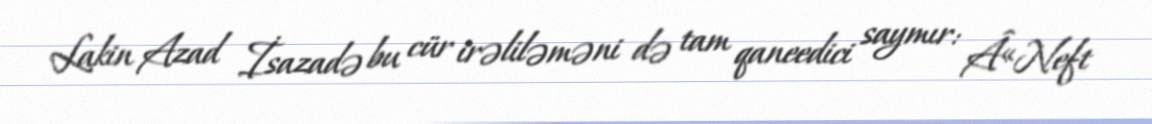
Lakin Azad İsazadə bu cür irəliləməni də tam qaneedici saymır: Â«Neft